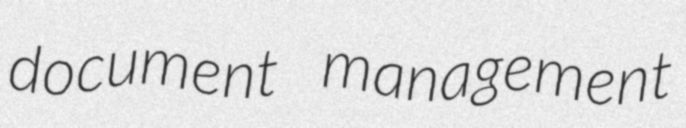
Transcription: document management